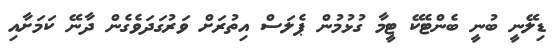
ޑިލޭނީ ބުނީ ބެންޓެކޭ ޓީމާ ގުޅުމުން ޕެލަސް އިތުރަށް ވަރުގަދަވެގެން ދާނޭ ކަމަށާއި